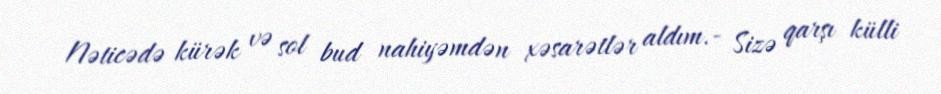
Nəticədə kürək və sol bud nahiyəmdən xəsarətlər aldım.- Sizə qarşı külli